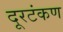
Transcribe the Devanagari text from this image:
दूरटंकण